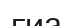
гиа